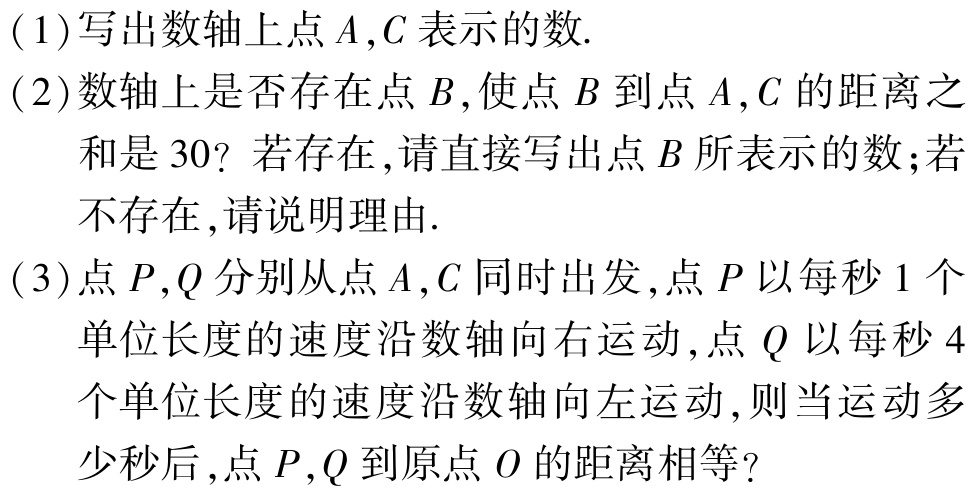
(1)写出数轴上点\(A,C\)表示的数.

(2)数轴上是否存在点\(B\),使点\(B\)到点\(A,C\)的距离之和是\(30\)? 若存在,请直接写出点\(B\)所表示的数;若不存在,请说明理由.

(3)点\(P,Q\)分别从点\(A,C\)同时出发,点\(P\)以每秒\(1\)个单位长度的速度沿数轴向右运动,点 \(Q\)以每秒\(4\)个单位长度的速度沿数轴向左运动,则当运动多少秒后,点\(P,Q\)到原点\(O\)的距离相等?